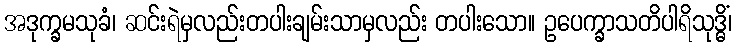
အဒုက္ခမသုခံ၊ ဆင်းရဲမှလည်းတပါးချမ်းသာမှလည်း တပါးသော။ ဥပေက္ခာသတိပါရိသုဒ္ဓိံ၊